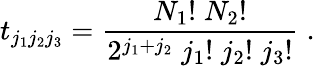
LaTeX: t_{j_{1}j_{2}j_{3}}=\frac{{N_{1}}!\; {N_{2}}!}{2^{j_{1}+j_{2}}\; {j_{1}}!\; {j_{2}}!\; {j_{3}}!}\; .